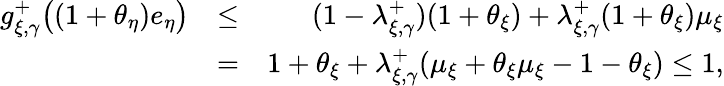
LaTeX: \begin{array}{rlr}{\textstyle g_{\xi,\gamma}^{+}\bigl((1+\theta_{\eta})e_{\eta}\bigr)}&{\leq}&{(1-\lambda_{\xi,\gamma}^{+})(1+\theta_{\xi})+\lambda_{\xi,\gamma}^{+}(1+\theta_{\xi})\mu_{\xi}}\\ &{=}&{1+\theta_{\xi}+\lambda_{\xi,\gamma}^{+}(\mu_{\xi}+\theta_{\xi}\mu_{\xi}-1-\theta_{\xi})\leq 1,}\end{array}